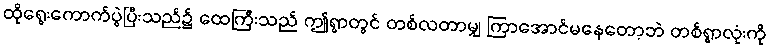
ထိုရွေးကောက်ပွဲပြီးသည်၌ ထေကြီးသည် ဤရွာတွင် တစ်လတာမျှ ကြာအောင်မနေတော့ဘဲ တစ်ရွာလုံးကို